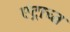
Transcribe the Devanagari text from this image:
एंट्राच्त